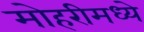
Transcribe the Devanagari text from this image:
मोहरीमध्ये